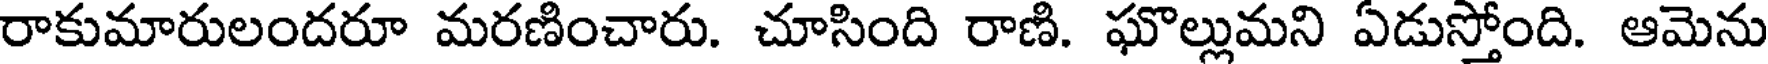
రాకుమారులందరూ మరణించారు. చూసింది రాణి. ఘొల్లుమని ఏడుస్తోంది. ఆమెను